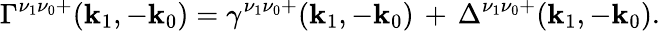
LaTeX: \Gamma^{\nu_{1}\nu_{0}+}(\mathbf{k}_{1},-\mathbf{k}_{0})=\gamma^{\nu_{1}\nu_{0}+}(\mathbf{k}_{1},-\mathbf{k}_{0})\, +\, \Delta^{\nu_{1}\nu_{0}+}(\mathbf{k}_{1},-\mathbf{k}_{0}).